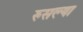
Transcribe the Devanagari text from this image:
रुसल्या